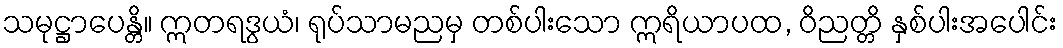
သမုဋ္ဌာပေန္တိ။ ဣတရဒွယံ၊ ရုပ်သာမညမှ တစ်ပါးသော ဣရိယာပထ, ဝိညတ္တိ နှစ်ပါးအပေါင်း